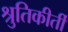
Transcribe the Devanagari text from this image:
श्रुतिकीर्ती